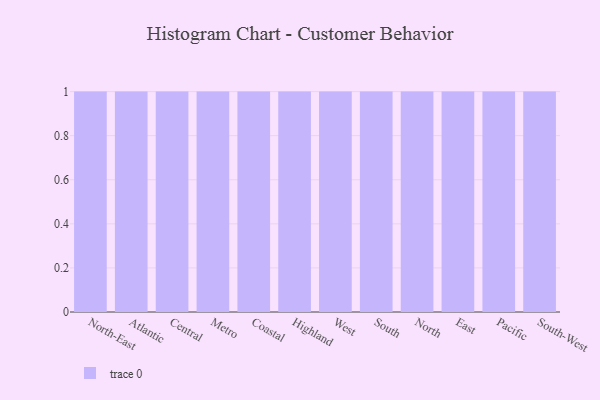
{"axis": {"x": "Region", "y": "Churn Rate (%)"}, "legend": [""], "data": [{"x": "North-East", "y": 46, "type": ""}, {"x": "Atlantic", "y": 65, "type": ""}, {"x": "Central", "y": 31, "type": ""}, {"x": "Metro", "y": 95, "type": ""}, {"x": "Coastal", "y": 22, "type": ""}, {"x": "Highland", "y": 13, "type": ""}, {"x": "West", "y": 89, "type": ""}, {"x": "South", "y": 98, "type": ""}, {"x": "North", "y": 17, "type": ""}, {"x": "East", "y": 89, "type": ""}, {"x": "Pacific", "y": 49, "type": ""}, {"x": "South-West", "y": 46, "type": ""}]}